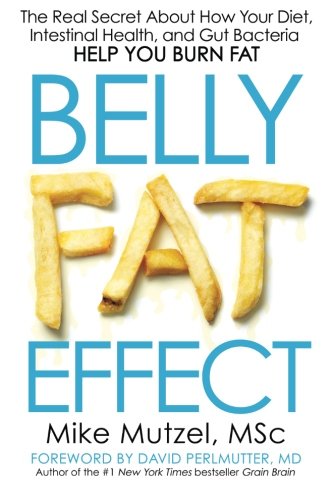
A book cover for Belly Fat Effect: The Real Secret About How Your Diet, Intestinal Health, and Gut Bacteria Help You Burn Fat; Mike Mutzel; Health, Fitness & Dieting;